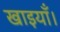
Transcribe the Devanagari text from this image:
खाइयाँ।